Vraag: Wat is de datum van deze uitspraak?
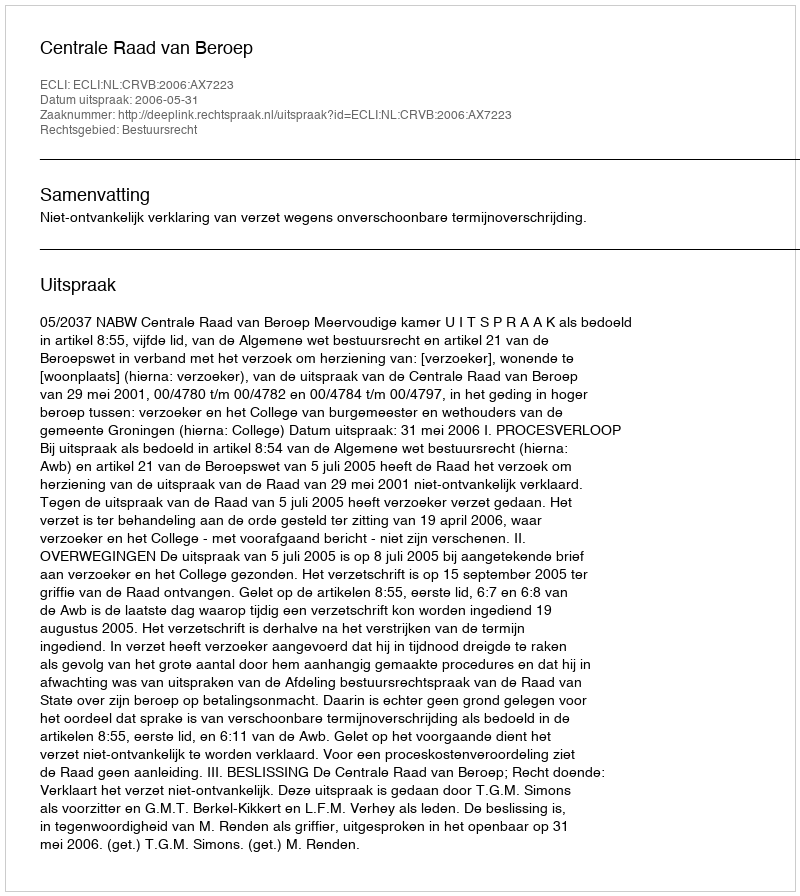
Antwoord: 2006-05-31